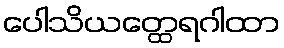
ပေါသိယတ္ထေရဂါထာ